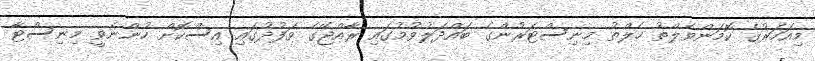
މިއަހަރުގެ ކޮމަންވެލްތު ހެލްތު މިނިސްޓަރުންގެ ބައްދަލުވުމުގައި ރާއްޖޭގެ ވަފުދުގައި އިސްކޮށް ހުންނެވީ މިނިސްޓާ